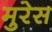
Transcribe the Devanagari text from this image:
मुरेस